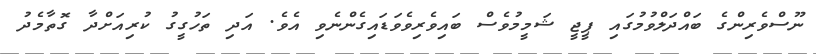
ނޫސްވެރިންގެ ބައްދަލްވުމުގައި ޕީޖީ ޝަމީމުވެސް ބައިވެރިވެވަޑައިގެންނެވި އެވެ. އަދި ތަހުގީގު ކުރިއަށްދާ ގޮތާމެދު